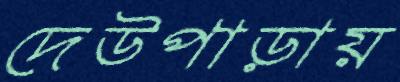
দেউপাড়ায়